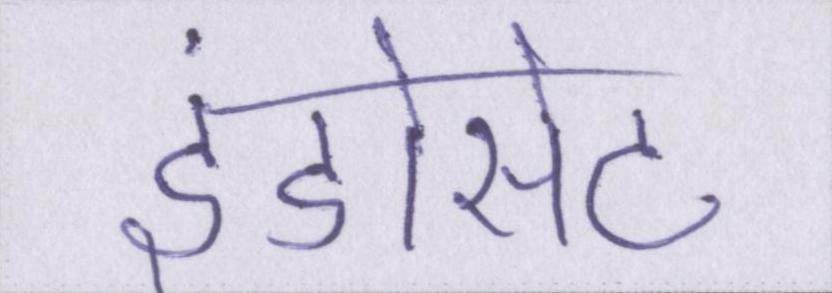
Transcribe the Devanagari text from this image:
इंडोसेट